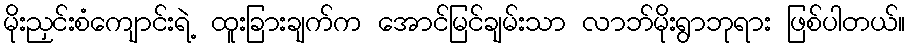
မိုးညှင်းစံကျောင်းရဲ့ ထူးခြားချက်က အောင်မြင်ချမ်းသာ လာဘ်မိုးရွာဘုရား ဖြစ်ပါတယ်။